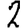
Digit: 2